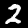
Label: 2